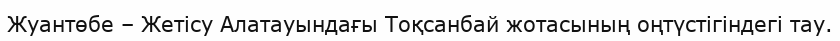
Жуантөбе – Жетісу Алатауындағы Тоқсанбай жотасының оңтүстігіндегі тау.